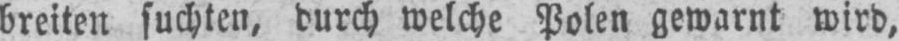
breiten suchten, durch welche Polen gewarnt wird,